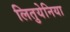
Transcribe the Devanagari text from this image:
लितुयेनिया